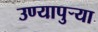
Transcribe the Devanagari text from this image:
उण्यापुर्‍या